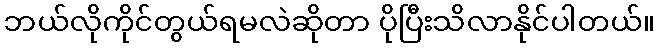
ဘယ်လိုကိုင်တွယ်ရမလဲဆိုတာ ပိုပြီးသိလာနိုင်ပါတယ်။